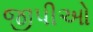
જીપીઓ